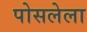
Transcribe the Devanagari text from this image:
पोसलेला